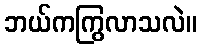
ဘယ်ကကြွလာသလဲ။